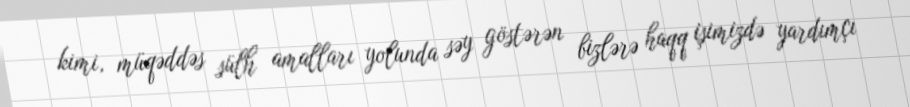
kimi, müqəddəs sülh amalları yolunda səy göstərən bizlərə haqq işimizdə yardımçı